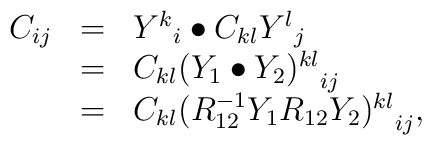
\begin{array}{rcl}C_{ij} & = & {Y^k}_i \bullet C_{kl} {Y^l}_j\\       & = & C_{kl} {(Y_1 \bullet Y_2)^{kl}}_{ij}\\       & = & C_{kl} {(R^{-1}_{12} Y_1 R_{12} Y_2)^{kl}}_{ij},\end{array}